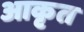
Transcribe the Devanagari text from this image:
आकृत